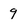
Character: q